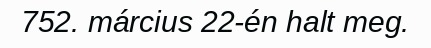
752. március 22-én halt meg.